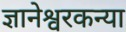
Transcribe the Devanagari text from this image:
ज्ञानेश्वरकन्या